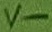
Text: V-